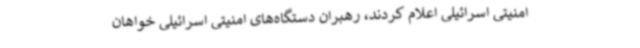
امنیتی اسرائیلی اعلام کردند، رهبران دستگاه‌های امنیتی اسرائیلی خواهان